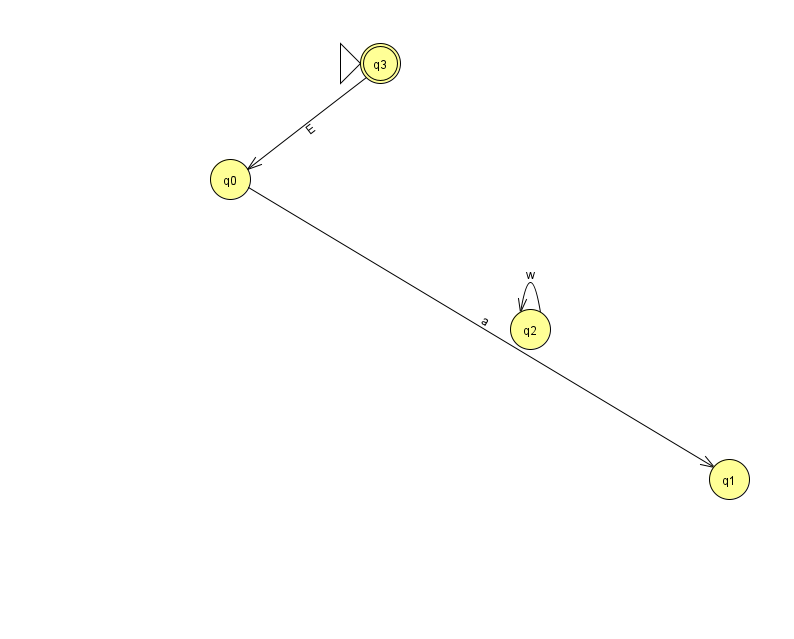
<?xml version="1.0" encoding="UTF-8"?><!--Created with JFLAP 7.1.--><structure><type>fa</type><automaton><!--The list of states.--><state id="0" name="q0"><x>230.0</x><y>166.0</y></state><state id="1" name="q1"><x>729.0</x><y>466.0</y></state><state id="2" name="q2"><x>530.0</x><y>316.0</y></state><state id="3" name="q3"><x>380.0</x><y>50.0</y><initial/><final/></state><!--The list of transitions.--><transition><from>2</from><to>2</to><read>w</read></transition><transition><from>0</from><to>1</to><read>a</read></transition><transition><from>3</from><to>0</to><read>E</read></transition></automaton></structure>